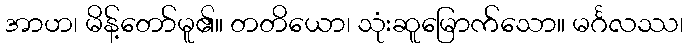
အာဟ၊ မိန့်တော်မူ၏။ တတိယော၊ သုံးဆူမြောက်သော။ မင်္ဂလဿ၊